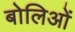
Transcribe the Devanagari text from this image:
बोलिओं